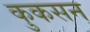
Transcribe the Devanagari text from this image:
कुकसन